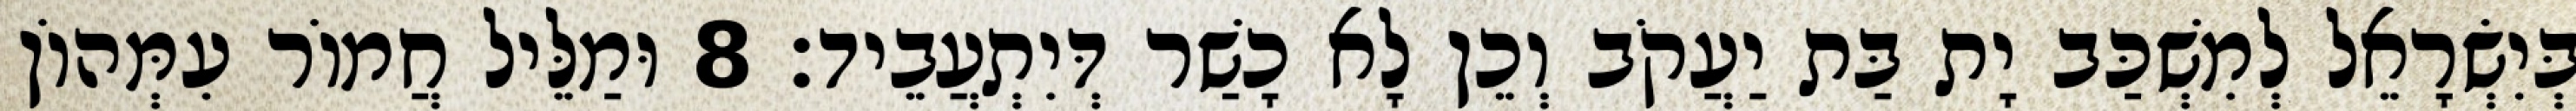
בְּיִשְׂרָאֵל לְמִשְׁכַּב יָת בַּת יַעֲקֹב וְכֵן לָא כָשַׁר דְּיִתְעֲבֵיד׃ 8 וּמַלֵּיל חֲמוֹר עִמְּהוֹן